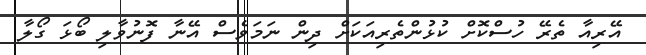
އޭރިއާ ތެރޭ ހުސްކޮށް ކުޅުންތެރިއަކަށް ދިން ނަމަވެސް އޭނާ ފޮނުވާލި ބޯޅަ ގޯލާ